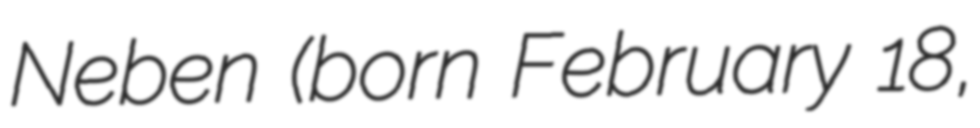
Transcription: Neben (born February 18,